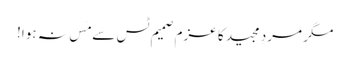
مگر مردِ مجید کا عزم صمیم ٹس سے مَس نہ ہوا!